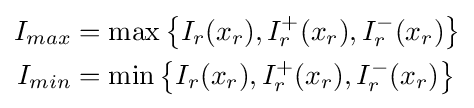
{\begin{aligned}I_{max}&=\max \left\{I_{r}(x_{r}),I_{r}^{+}(x_{r}),I_{r}^{-}(x_{r})\right\}\\I_{min}&=\min \left\{I_{r}(x_{r}),I_{r}^{+}(x_{r}),I_{r}^{-}(x_{r})\right\}\end{aligned}}